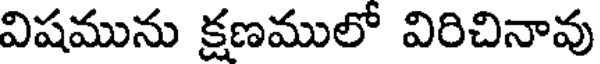
విషమును క్షణములో విరిచినావు